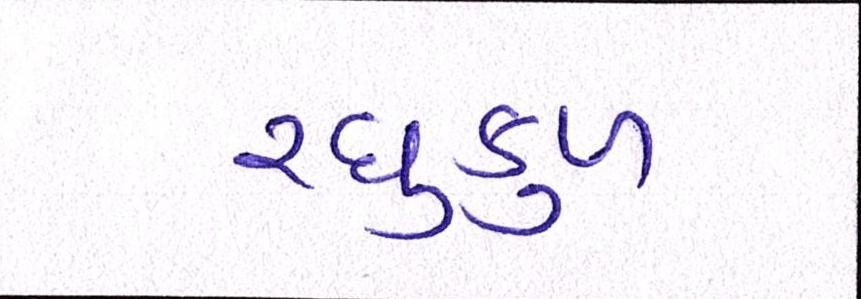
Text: રઘુકુળ